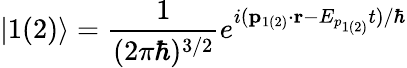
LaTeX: \vert 1(2)\rangle=\frac{1}{(2\pi\hbar)^{3/2}}e^{i(\mathbf{p}_{1(2)}\cdot\mathbf{r}-E_{p_{1(2)}}t)/\hbar}